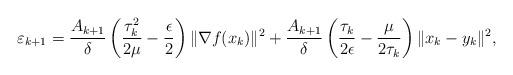
LaTeX: \begin{align*}\varepsilon_{k+1} &=\frac{A_{k+1}}{\delta}\left(\frac{\tau_k^2}{2\mu} - \frac{\epsilon}{2} \right)\|\nabla f(x_k)\|^{2} +\frac{A_{k+1}}{\delta}\left(\frac{\tau_k}{2\epsilon} -\frac{\mu }{2\tau_k} \right)\|x_k - y_k\|^2,\end{align*}